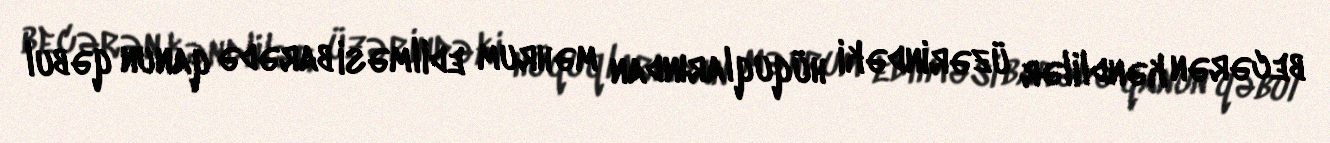
becərən kəndlilər üzərindəki hüquqlarından məhrum edilməsi barədə qanun qəbul